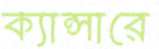
ক্যান্সারে